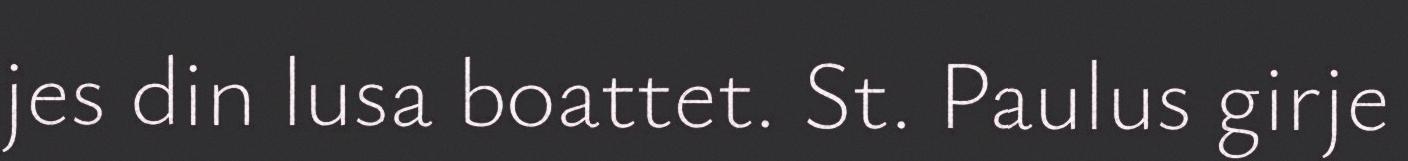
jes din lusa boattet. St. Paulus girje